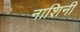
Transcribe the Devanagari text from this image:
नाशिनी